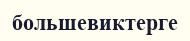
большевиктерге